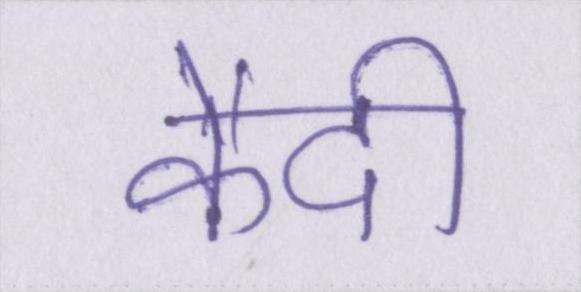
कैदी